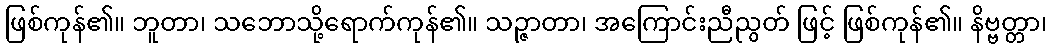
ဖြစ်ကုန်၏။ ဘူတာ၊ သဘောသို့ရောက်ကုန်၏။ သဉ္ဇာတာ၊ အကြောင်းညီညွတ် ဖြင့် ဖြစ်ကုန်၏။ နိဗ္ဗတ္တာ၊